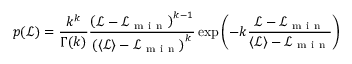
p ( \mathcal { L } ) = \frac { k ^ { k } } { \Gamma ( k ) } \frac { \left( \mathcal { L } - \mathcal { L } _ { \mathrm { ~ m ~ i ~ n ~ } } \right) ^ { k - 1 } } { \left( \langle \mathcal { L } \rangle - \mathcal { L } _ { \mathrm { ~ m ~ i ~ n ~ } } \right) ^ { k } } \exp { \left( - k \frac { \mathcal { L } - \mathcal { L } _ { \mathrm { ~ m ~ i ~ n ~ } } } { \langle \mathcal { L } \rangle - \mathcal { L } _ { \mathrm { ~ m ~ i ~ n ~ } } } \right) }